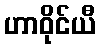
ဟာဝိုင်ယီ